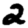
Digit: 2